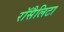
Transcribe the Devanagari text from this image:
रॉसैलिटा